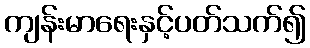
ကျန်းမာရေးနှင့်ပတ်သက်၍